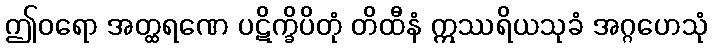
ဤဝရော အတ္ထရဏေ ပဋိက္ခိပိတုံ တိထီနံ ဣဿရိယသုခံ အဂ္ဂဟေသုံ